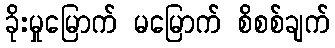
ခိုးမှုမြောက် မမြောက် စိစစ်ချက်